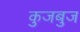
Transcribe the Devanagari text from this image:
कुजबुज